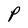
Character: P